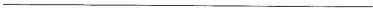
___